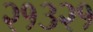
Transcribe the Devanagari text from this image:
२१३२१